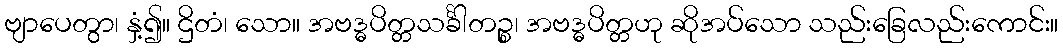
ဗျာပေတွာ၊ နှံ့၍။ ဌိတံ၊ သော။ အဗဒ္ဓပိတ္တသင်္ခါတဉ္စ၊ အဗဒ္ဓပိတ္တဟု ဆိုအပ်သော သည်းခြေလည်းကောင်း။